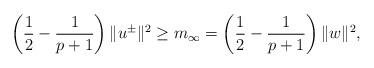
LaTeX: \begin{align*}\left(\frac 12 -\frac 1{p+1}\right)\|u^\pm\|^2\ge m_\infty=\left(\frac 12 -\frac 1{p+1}\right)\|w\|^2,\end{align*}